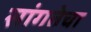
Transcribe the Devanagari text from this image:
सांगतेचा